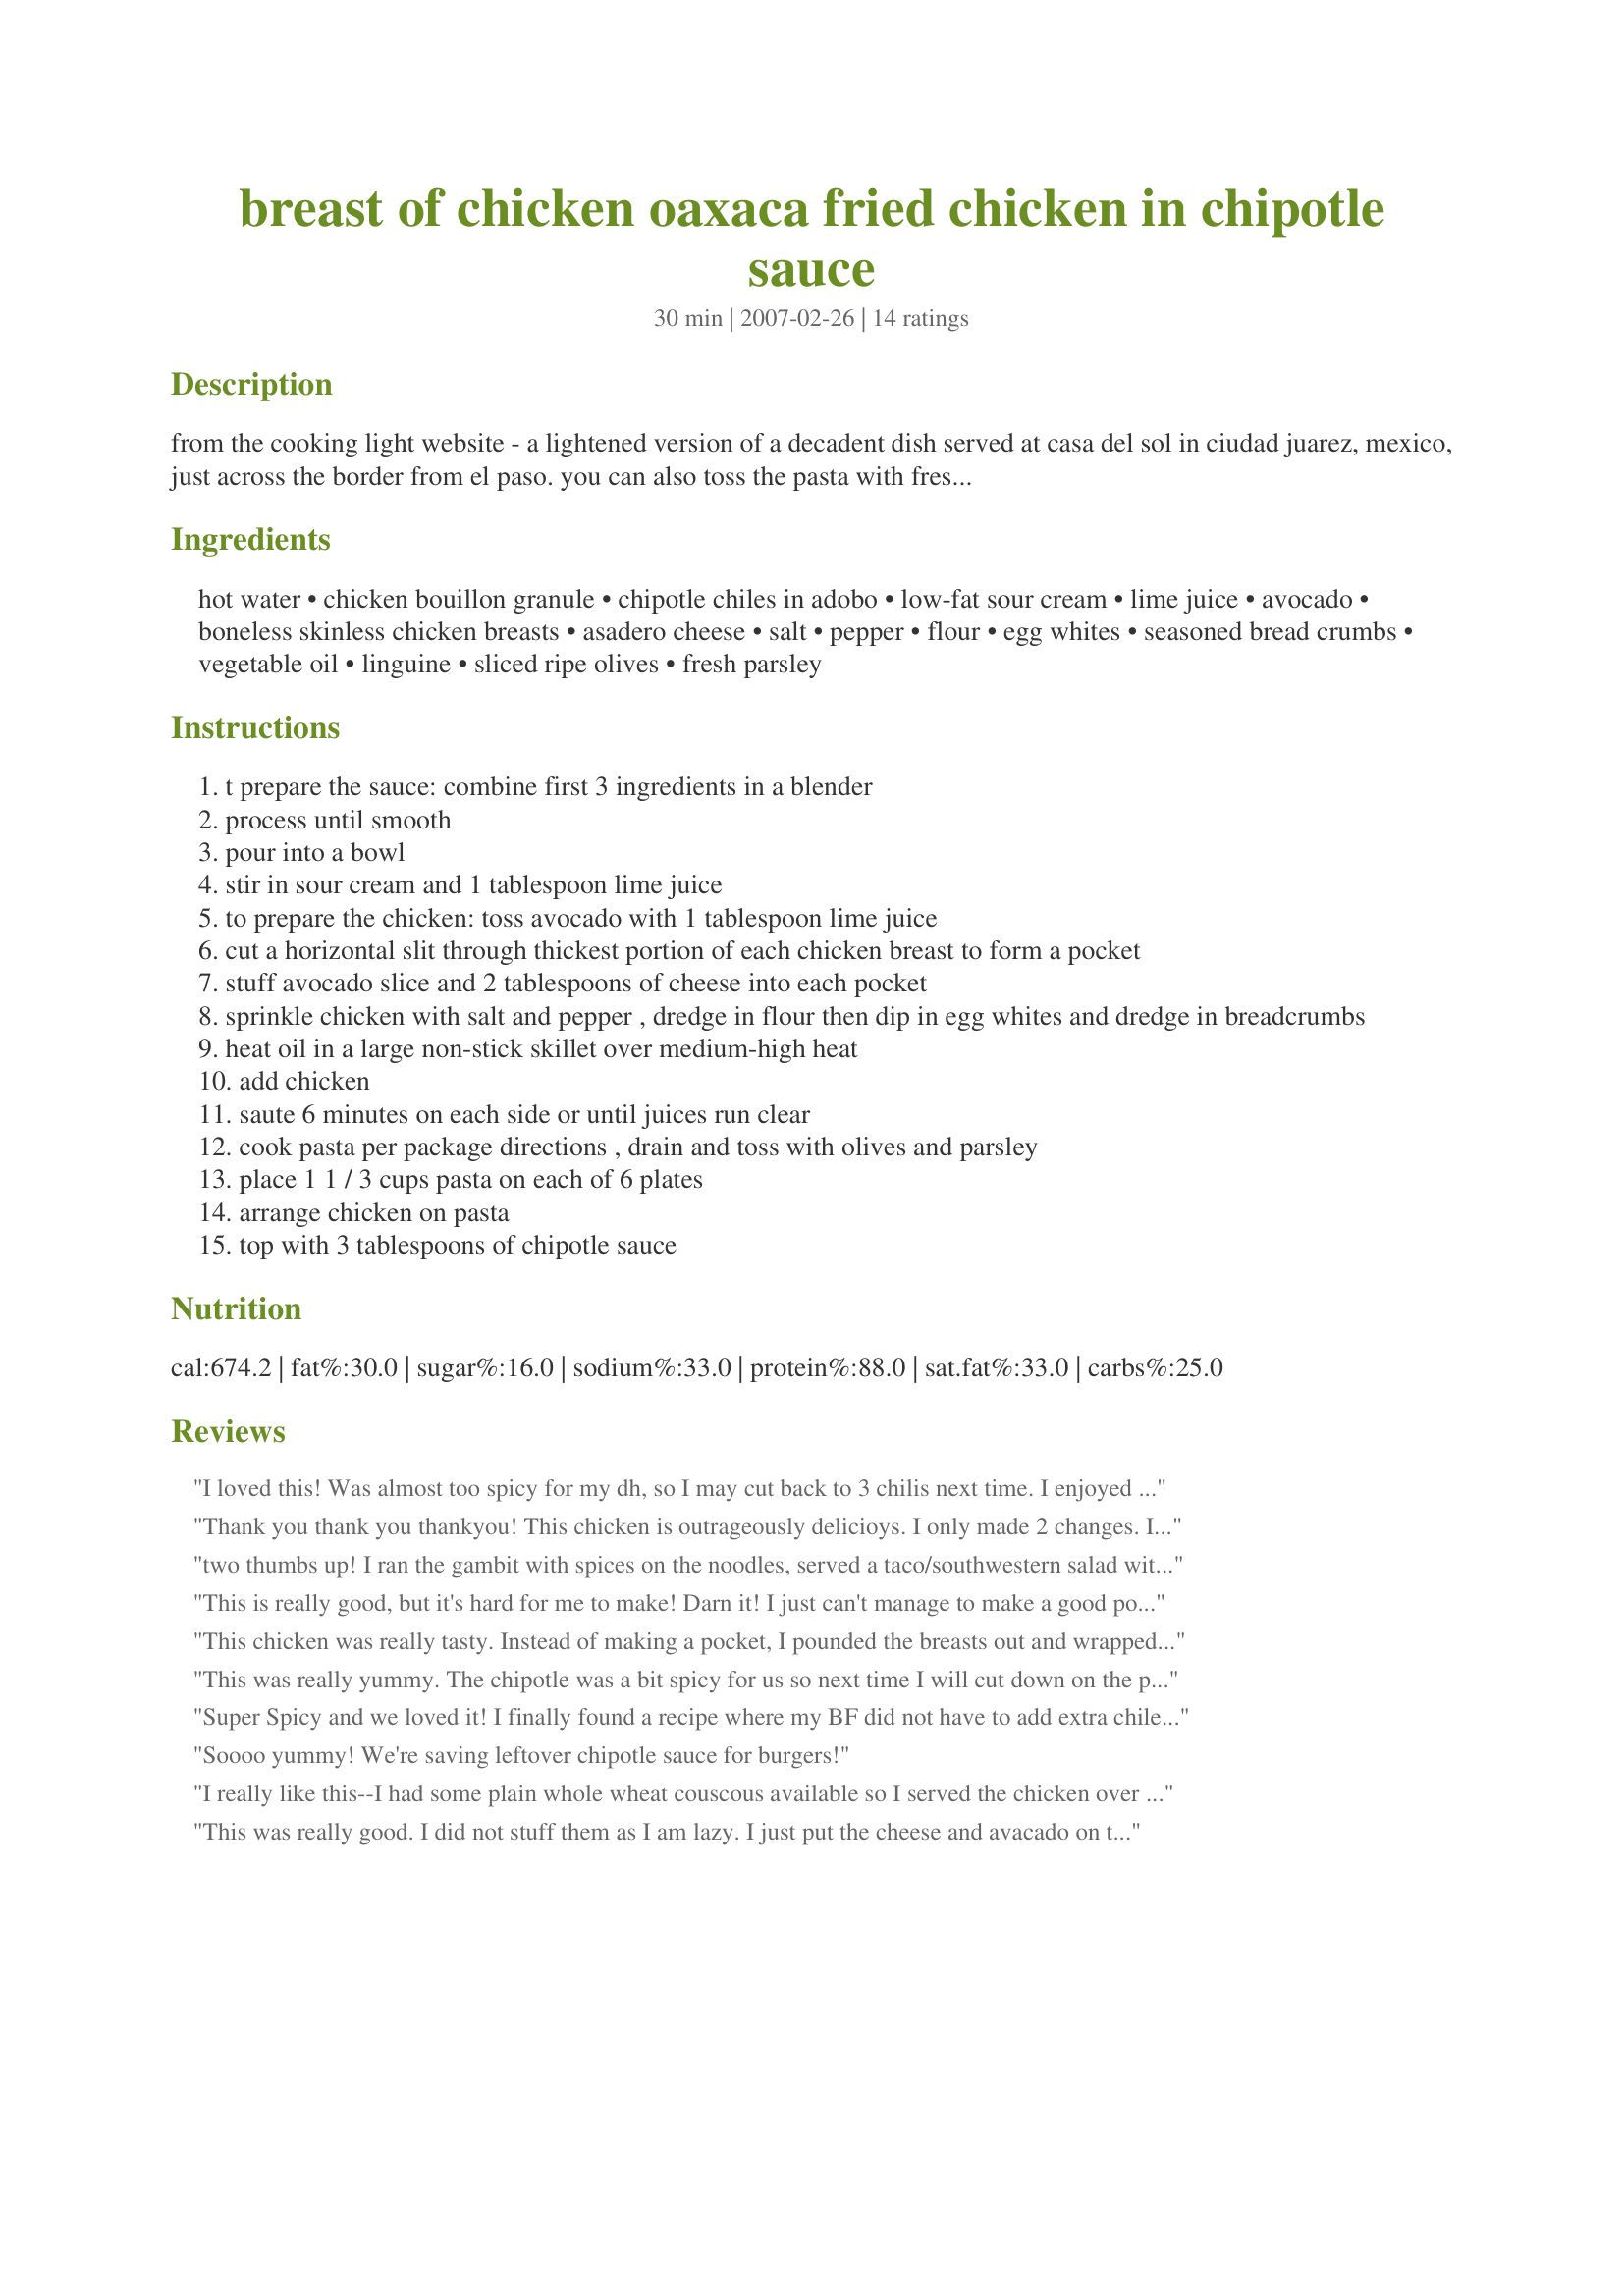
breast of chicken oaxaca fried chicken in chipotle sauce
Preparation time: 30 minutes

from the cooking light website - a lightened version of a decadent dish served at casa del sol in ciudad juarez, mexico, just across the border from el paso. you can also toss the pasta with fresh tomatoes, onions, garlic, basil and oregano, as they do at the restaurant.

Ingredients:
hot water, chicken bouillon granule, chipotle chiles in adobo, low-fat sour cream, lime juice, avocado, boneless skinless chicken breasts, asadero cheese, salt, pepper, flour, egg whites, seasoned bread crumbs, vegetable oil, linguine, sliced ripe olives, fresh parsley

Steps:
t prepare the sauce: combine first 3 ingredients in a blender
process until smooth
pour into a bowl
stir in sour cream and 1 tablespoon lime juice
to prepare the chicken: toss avocado with 1 tablespoon lime juice
cut a horizontal slit through thickest portion of each chicken breast to form a pocket
stuff avocado slice and 2 tablespoons of cheese into each pocket
sprinkle chicken with salt and pepper , dredge in flour then dip in egg whites and dredge in breadcrumbs
heat oil in a large non-stick skillet over medium-high heat
add chicken
saute 6 minutes on each side or until juices run clear
cook pasta per package directions , drain and toss with olives and parsley
place 1 1 / 3 cups pasta on each of 6 plates
arrange chicken on pasta
top with 3 tablespoons of chipotle sauce

Reviews:
I loved this! Was almost too spicy for my dh, so I may cut back to 3 chilis next time. I enjoyed it as is. Looks as delicious as it tastes. I think it's a must to add the tomatoes, onions and herbs to the pasta. Thank you for posting a new family favorite!
Thank you thank you thankyou! This chicken is outrageously delicioys. I only made 2 changes. Instead of using breadcrumbs/flour i coated the chicken with egg wash and then used crushed french's french fried onions as the breading. The other change was to eliminate the pasta...I know I know..but I am on a low card diet! This fit the bill thank you again!
two thumbs up! I ran the gambit with spices on the noodles, served a taco/southwestern salad with this dish. Great Chipotle sauce recipe alone to cross to other dishes!
This is really good, but it's hard for me to make! Darn it! I just can't manage to make a good pocket in a chicken breast and to keep the breading on the chicken! So, the cheese is all melted out by the time its done and my chicken is naked. I will keep trying though. Thanks for posting this!
This chicken was really tasty. Instead of making a pocket, I pounded the breasts out and wrapped the cheese and avocado inside. This worked fine except one of the pieces didn't quite get cooked all the way through! (oops.) Next time, I'll probably be lazy and just put the stuff on top after cooking! The sauce added something great--a perfect amount of heat. It did make a whole lot, though--we have a lot left over. I added some chili powder to the bread crumbs since mine were unseasoned. Instead of noodles, I served with green rice and corn. Garnished with the other half of the avocado and some fresh cilantro. Very pretty dish and tastes great!
This was really yummy. The chipotle was a bit spicy for us so next time I will cut down on the peppers. I think my chicken was a bit too thick and I had trouble getting it to cook through on the stove so I ended up browning it and transfering to a bake dish to finish in the oven. It was a big hit with my entire family.
Super Spicy and we loved it! I finally found a recipe where my BF did not have to add extra chile. If you don't like your food really spicy I suggest starting with half the amount of chiles and adjust to taste. I used larger chicken breasts and just cooked them a bit longer. This made a pretty presentation as well.
Soooo yummy! We're saving leftover chipotle sauce for burgers!
I really like this--I had some plain whole wheat couscous available so I served the chicken over that. I will make this again.
This was really good. I did not stuff them as I am lazy. I just put the cheese and avacado on top after they were done frying.... The sauce is AMAZING!! Thank you
Oh, this was so good! I went a little overboard with the chipotle sauce, and used about 4 chilies! I used fresh tomatoes, garlic and a little parsley for the pasta. This is definitely one of my top choices for 2010. Thnx for posting, susie.
Very yummy - for extra spice I added a few more Chipotle chiles and just buttered the noodles. Guys loved it, girls beware. :)
This was great! My chicken breasts were kind of big, so they took longer to cook than the recipe stated, but otherwise I had no problems! Both the hubby and I loved it. We didn't do the pasta because he doesn't like pasta, but it was fine without it. This is something I will make again for sure!
Now officially voted by my household as the favorite dish! Thank you so much for sharing.
